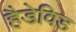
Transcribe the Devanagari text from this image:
हैडेविड